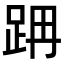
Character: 𨀔